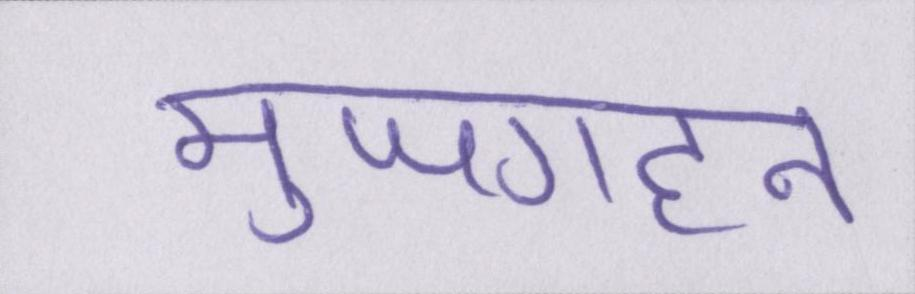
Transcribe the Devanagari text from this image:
मुजगहन